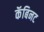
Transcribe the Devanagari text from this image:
कॅबिनट